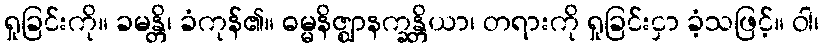
ရှုခြင်းကို။ ခမန္တိ၊ ခံကုန်၏။ ဓမ္မနိဇ္ဈာနက္ခန္တိယာ၊ တရားကို ရှုခြင်းငှာ ခံ့သဖြင့်။ ဝါ၊